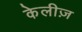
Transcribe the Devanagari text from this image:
केलीज़